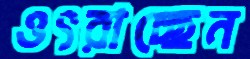
ওৎরাচ্ছেন